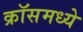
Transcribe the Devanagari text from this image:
क्रॉसमध्ये